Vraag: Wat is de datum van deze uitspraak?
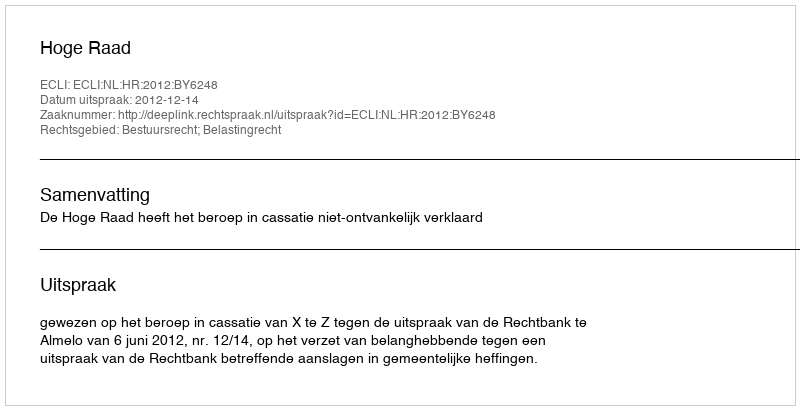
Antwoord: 2012-12-14